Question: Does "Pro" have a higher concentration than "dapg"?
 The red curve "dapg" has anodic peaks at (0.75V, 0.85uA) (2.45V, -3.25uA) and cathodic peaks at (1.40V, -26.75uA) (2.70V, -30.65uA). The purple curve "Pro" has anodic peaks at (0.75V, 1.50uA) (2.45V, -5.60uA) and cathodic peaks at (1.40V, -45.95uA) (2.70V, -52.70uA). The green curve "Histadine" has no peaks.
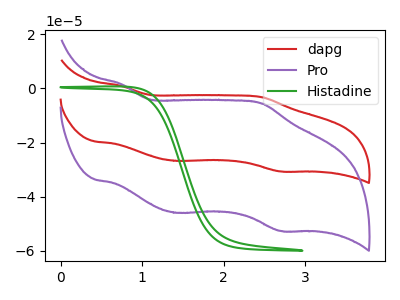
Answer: <think>All the peaks in "Pro" have a peak in "dapg" at the same potential.
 </think>
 <answer>I cant tell if "Pro" or "dapg" has higher concentration.</answer>
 <eval>mixed_concentration</eval>